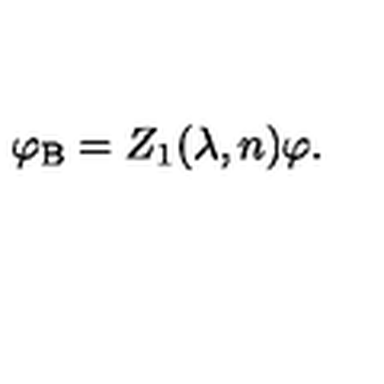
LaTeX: \varphi _ { \mathrm { B } } = Z _ { 1 } ( \lambda , n ) \varphi .